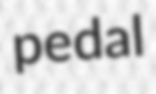
pedal